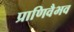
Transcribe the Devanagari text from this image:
प्राणिवैभव